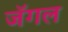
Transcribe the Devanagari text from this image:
जॅगल